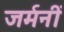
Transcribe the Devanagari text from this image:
जर्मनीं